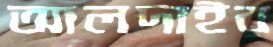
আলদাইর